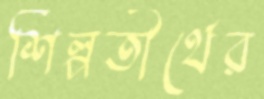
শিল্পতীর্থের